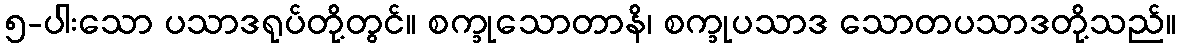
၅-ပါးသော ပသာဒရုပ်တို့တွင်။ စက္ခုသောတာနိ၊ စက္ခုပသာဒ သောတပသာဒတို့သည်။